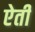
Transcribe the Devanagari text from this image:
ऐती